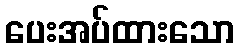
ပေးအပ်ထားသော